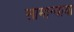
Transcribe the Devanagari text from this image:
सामान्याया